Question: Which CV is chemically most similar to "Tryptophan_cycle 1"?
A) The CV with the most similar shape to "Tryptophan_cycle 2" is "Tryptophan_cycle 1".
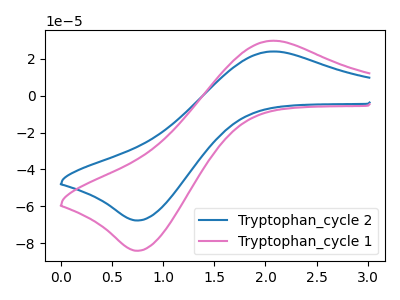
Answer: <think>The blue curve "Tryptophan_cycle 2" has an anodic peak at (2.05V, 24.00uA) and a cathodic peak at (0.75V, -67.75uA). The pink curve "Tryptophan_cycle 1" has an anodic peak at (2.05V, 29.85uA) and a cathodic peak at (0.75V, -84.15uA).
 All the peaks in "Tryptophan_cycle 2" have a peak in "Tryptophan_cycle 1" at the same potential. Every peak in "Tryptophan_cycle 2" is lower than every peak in "Tryptophan_cycle 1".</think>
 <answer>A) The CV with the most similar shape to "Tryptophan_cycle 2" is "Tryptophan_cycle 1".</answer>
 <eval>A</eval>